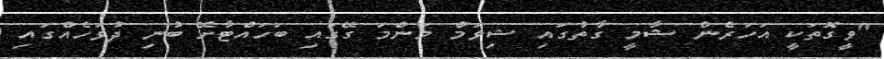
"ވީގޮތަކީ އަހަރެން ޝާމީ ގާތުގައި ޝިވަމް މަންމަ ގޭގައި ބަހައްޓާށޭ ބުނި ދުވަހެއްގައި